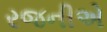
રજનીએ